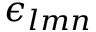
\epsilon _ { l m n }